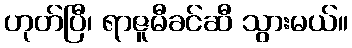
ဟုတ်ပြီ၊ ရာဇူမီခင်ဆီ သွားမယ်။